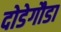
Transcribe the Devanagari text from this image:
दोडेगौडा